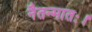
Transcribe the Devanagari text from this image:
नैतन्मातः।